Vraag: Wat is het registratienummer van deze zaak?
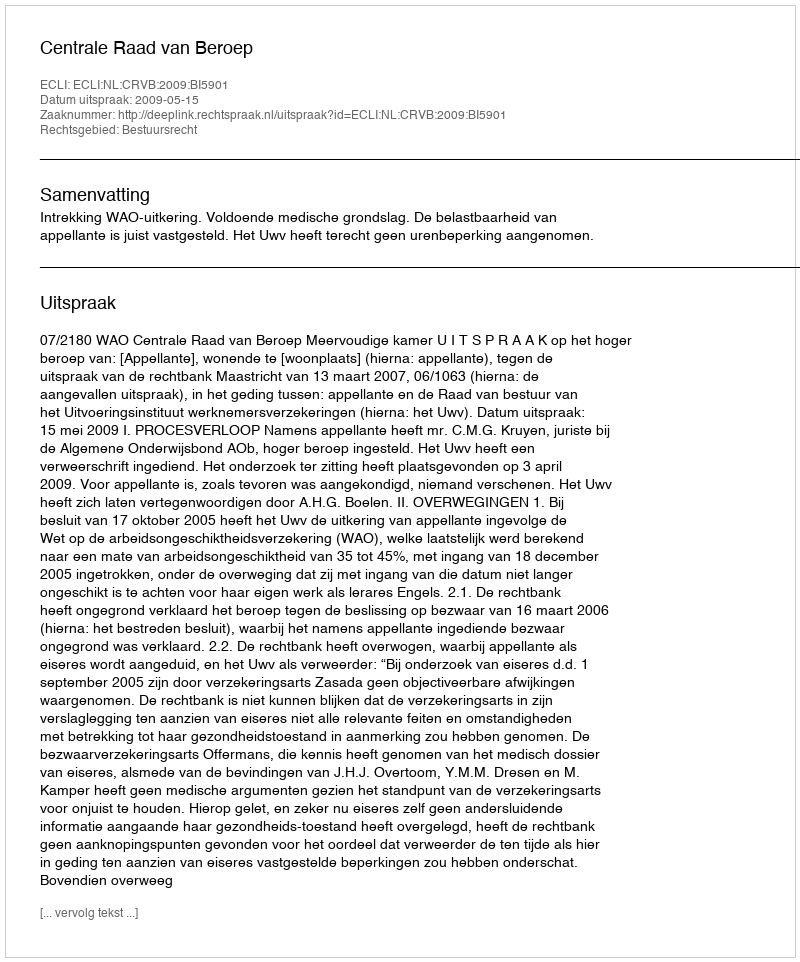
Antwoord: http://deeplink.rechtspraak.nl/uitspraak?id=ECLI:NL:CRVB:2009:BI5901